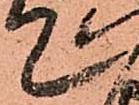
て